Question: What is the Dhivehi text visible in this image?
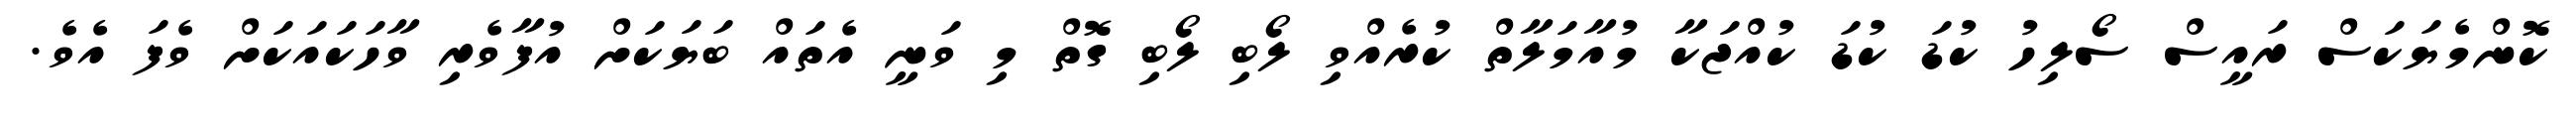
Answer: ކޮންމެޔަކަސް ރައީސް ސޯލިހު ކުޑަ ކުޑަ ކުއްޖަކާ މުއާމަލާތް ކުރެއްވި ލޯބި ލޯބި ގޮތް މި ވަނީ އެތައް ބަޔަކަށް އުފާވެރި ވާހަކައަކަށް ވެފަ އެވެ.